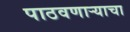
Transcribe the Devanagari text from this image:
पाठवणाऱ्याचा